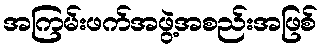
အကြမ်းဖက်အဖွဲ့အစည်းအဖြစ်